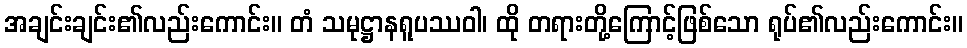
အချင်းချင်း၏လည်းကောင်း။ တံ သမုဋ္ဌာနရူပဿဝါ၊ ထို တရားတို့ကြောင့်ဖြစ်သော ရုပ်၏လည်းကောင်း။